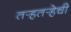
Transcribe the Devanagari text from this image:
तर्‍हतर्‍हेची